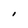
Character: I